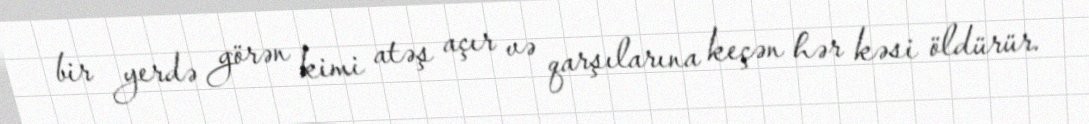
bir yerdə görən kimi atəş açır və qarşılarına keçən hər kəsi öldürür.